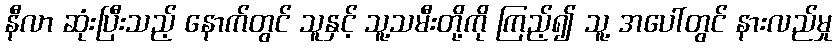
နီလာ ဆုံးပြီးသည့် နောက်တွင် သူနှင့် သူ့သမီးတို့ကို ကြည့်၍ သူ့ အပေါ်တွင် နားလည်မှု